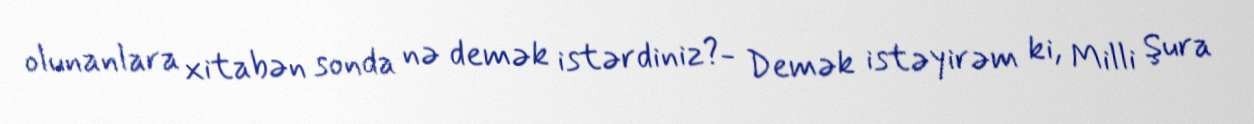
olunanlara xitabən sonda nə demək istərdiniz?- Demək istəyirəm ki, Milli Şura